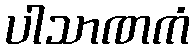
ပါသာဏကံ